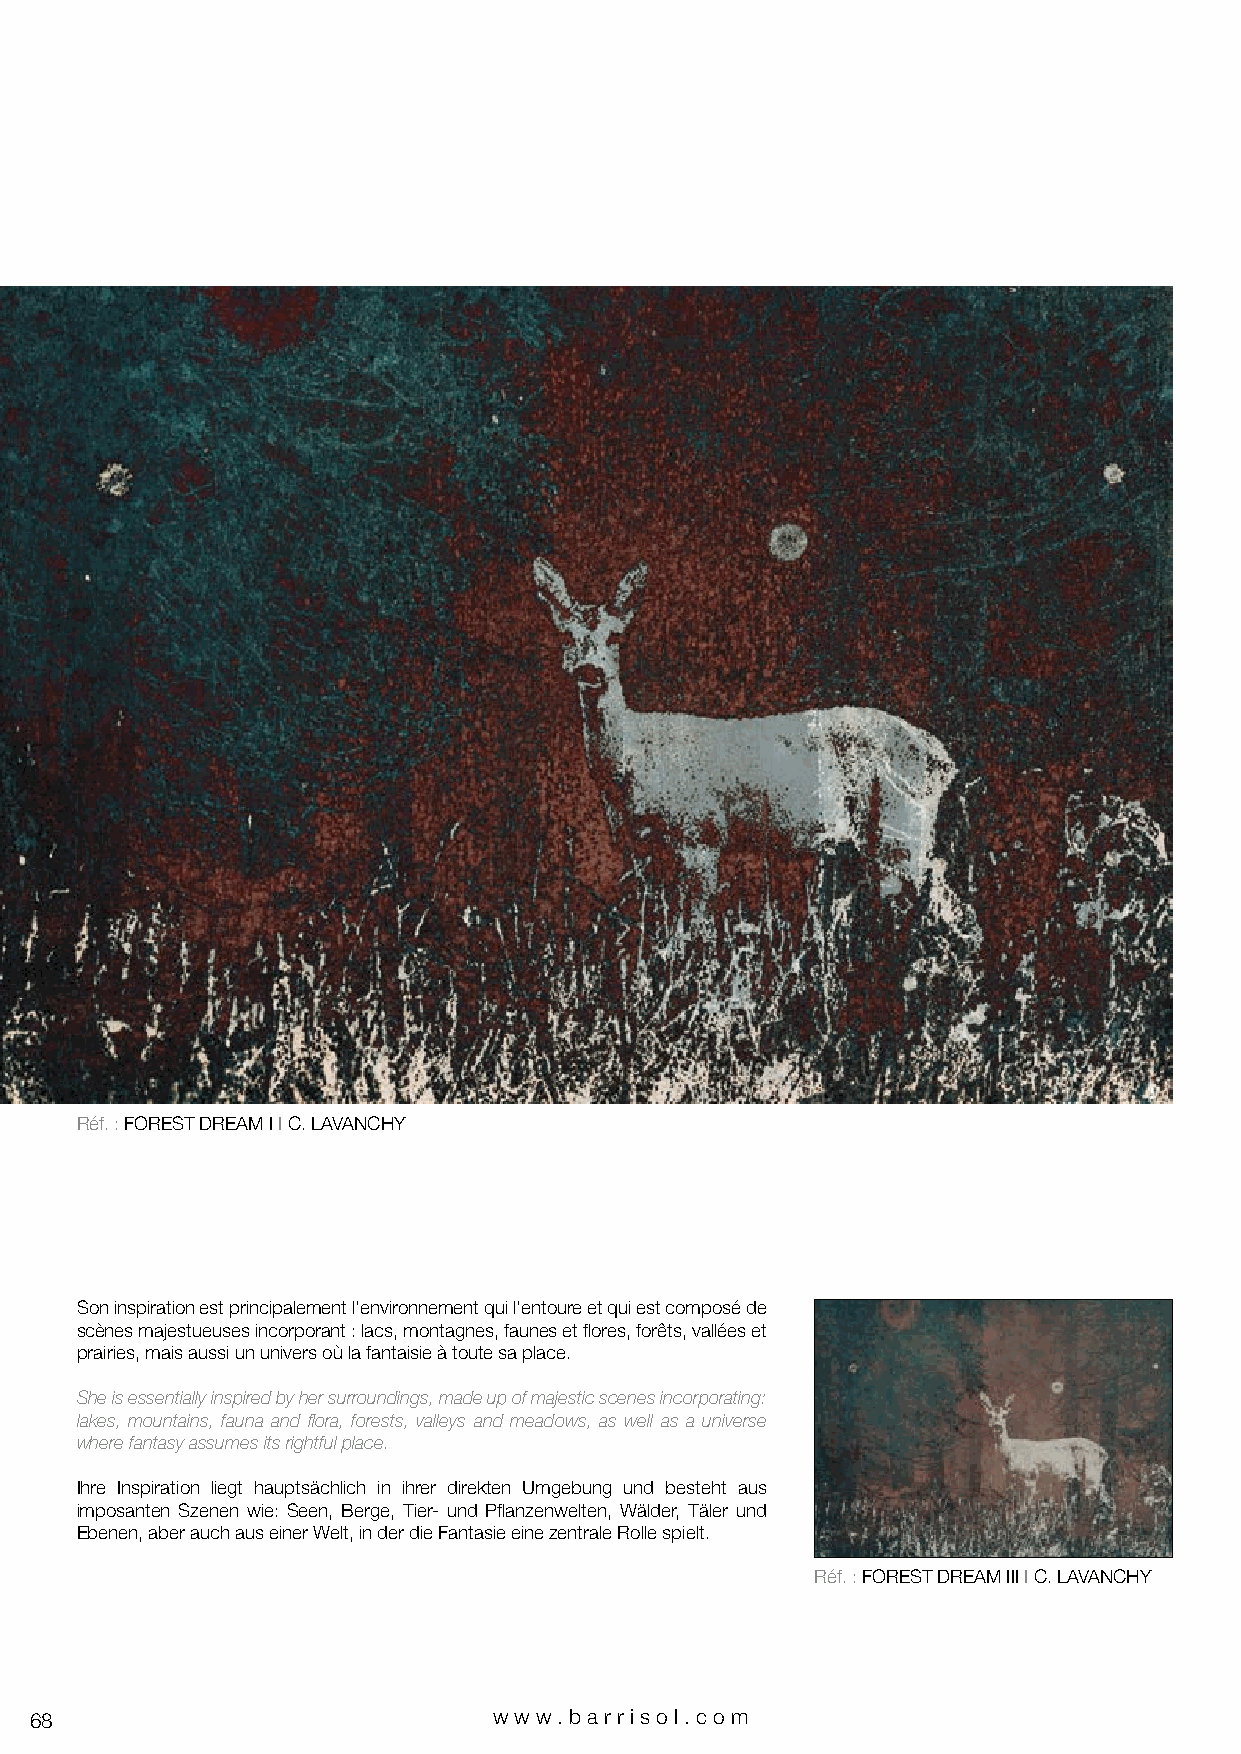
Réf. : FOREST DREAM I I C. LAVANCHY
 Son inspiration est principalement l’environnement qui l’entoure et qui est composé de
 scènes majestueuses incorporant : lacs, montagnes, faunes et flores, forêts, vallées et
 prairies, mais aussi un univers où la fantaisie à toute sa place.
 She is essentially inspired by her surroundings, made up of majestic scenes incorporating:
 lakes, mountains, fauna and flora, forests, valleys and meadows, as well as a universe
 where fantasy assumes its rightful place.
 Ihre Inspiration liegt hauptsächlich in ihrer direkten Umgebung und besteht aus
 imposanten Szenen wie: Seen, Berge, Tier- und Pflanzenwelten, Wälder, Täler und
 Ebenen, aber auch aus einer Welt, in der die Fantasie eine zentrale Rolle spielt.
 Réf. : FOREST DREAM III I C. LAVANCHY
 68                             www.bar riso l. com